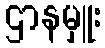
ဌာနမှူး